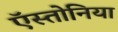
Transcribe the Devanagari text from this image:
ऍस्तोनिया